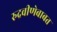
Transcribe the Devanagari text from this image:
रुद्रवीणेबाबत